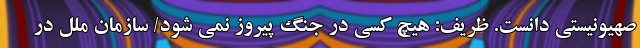
صهیونیستی دانست. ظریف: هیچ کسی در جنگ پیروز نمی شود/ سازمان ملل در